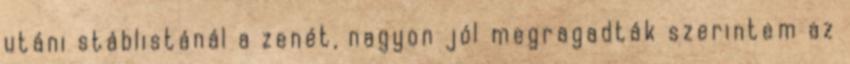
utáni stáblistánál a zenét, nagyon jól megragadták szerintem az